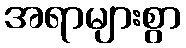
အရာများစွာ